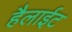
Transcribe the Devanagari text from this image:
हैलाईट